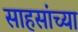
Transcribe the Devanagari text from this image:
साहसांच्या